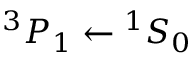
^ 3 P _ { 1 } \leftarrow { } ^ { 1 } S _ { 0 }